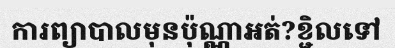
ការព្យាបាលមុនប៉ុណ្ណាអត់?ខ្ជិលទៅ